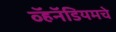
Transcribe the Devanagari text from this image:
व्हॅनॅडियमचे